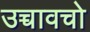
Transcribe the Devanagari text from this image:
उच्चावचो